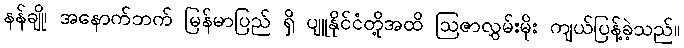
နန်ချို၊ အနောက်ဘက် မြန်မာပြည် ရှိ ပျူနိုင်ငံတို့အထိ ဩဇာလွှမ်းမိုး ကျယ်ပြန့်ခဲ့သည်။